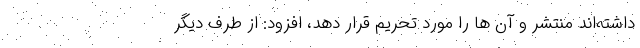
داشته‌اند منتشر و آن ها را مورد تحریم قرار دهد، افزود: از طرف دیگر